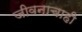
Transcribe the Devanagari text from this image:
जीवनाचाही